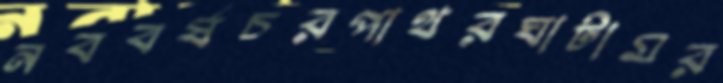
নববর্ষচরপাথরঘাটামর